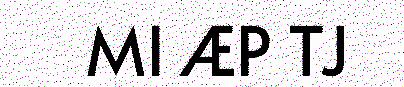
MI ÆP TJ